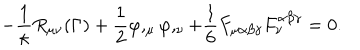
- \frac { 1 } { \kappa } R _ { \mu \nu } ( \Gamma ) + \frac { 1 } { 2 } \varphi , _ { \mu } \varphi , _ { \nu } + \frac { 1 } { 6 } F _ { \mu \alpha \beta \gamma } F _ { \nu } ^ { \alpha \beta \gamma } = 0 .